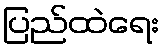
ပြည်ထဲရေး